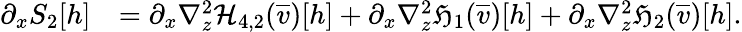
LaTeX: \begin{array}{rl}{\partial_{x}S_{2}[h]}&{=\partial_{x}\nabla_{z}^{2}\mathcal{H}_{4,2}(\overline{{v}})[h]+\partial_{x}\nabla_{z}^{2}\mathfrak{H}_{1}(\overline{{v}})[h]+\partial_{x}\nabla_{z}^{2}\mathfrak{H}_{2}(\overline{{v}})[h].}\end{array}